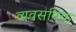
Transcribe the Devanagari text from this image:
व्यवसयिक